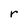
Character: r